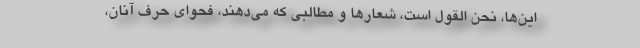
این‌ها، نحن القول است، شعارها و مطالبی که می‌دهند، فحوای حرف آنان،